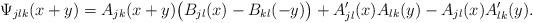
LaTeX: \begin{align*}\Psi_{jlk}(x+y)=A_{jk}(x+y)\big( B_{jl}(x)-B_{kl}(-y)\big) +A\sp\prime_{jl}(x)A_{lk}(y)-A_{jl}(x)A\sp\prime_{lk}(y).\end{align*}